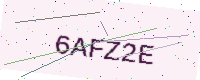
Text: 6AFZ2E